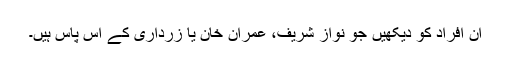
ان افراد کو دیکھیں جو نواز شریف، عمران خان یا زرداری کے آس پاس ہیں۔